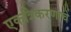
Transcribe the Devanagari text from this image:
एकत्रिकरणाचे